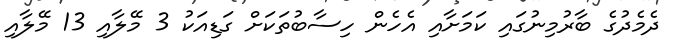
ދެމެދުގެ ބާރުމިނުގައި ކަމަށާއި އެހެން ހިސާބުތަކަށް ގަޑިއަކު 3 މޭލާއި 13 މޭލާއި